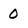
Character: 0